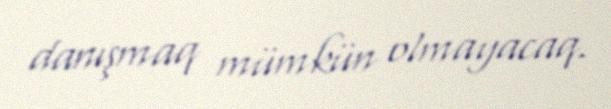
danışmaq mümkün olmayacaq.